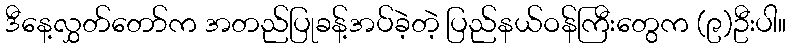
ဒီနေ့လွှတ်တော်က အတည်ပြုခန့်အပ်ခဲ့တဲ့ ပြည်နယ်ဝန်ကြီးတွေက (၉)ဦးပါ။